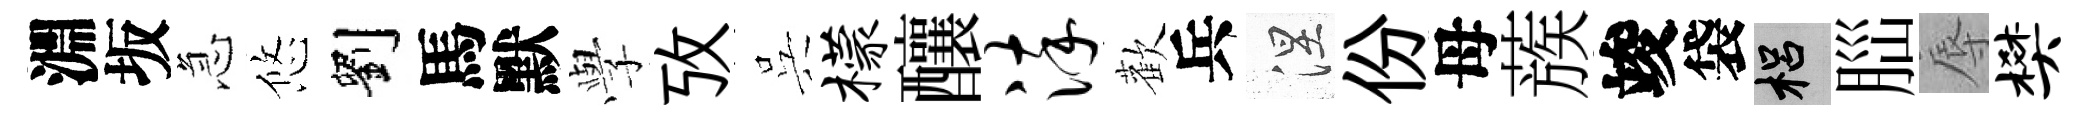
淵坂急悠劉馬默𫝯攷呉檬釀淬歡兵涅份母蔟竣袋梠𦛁辱樊